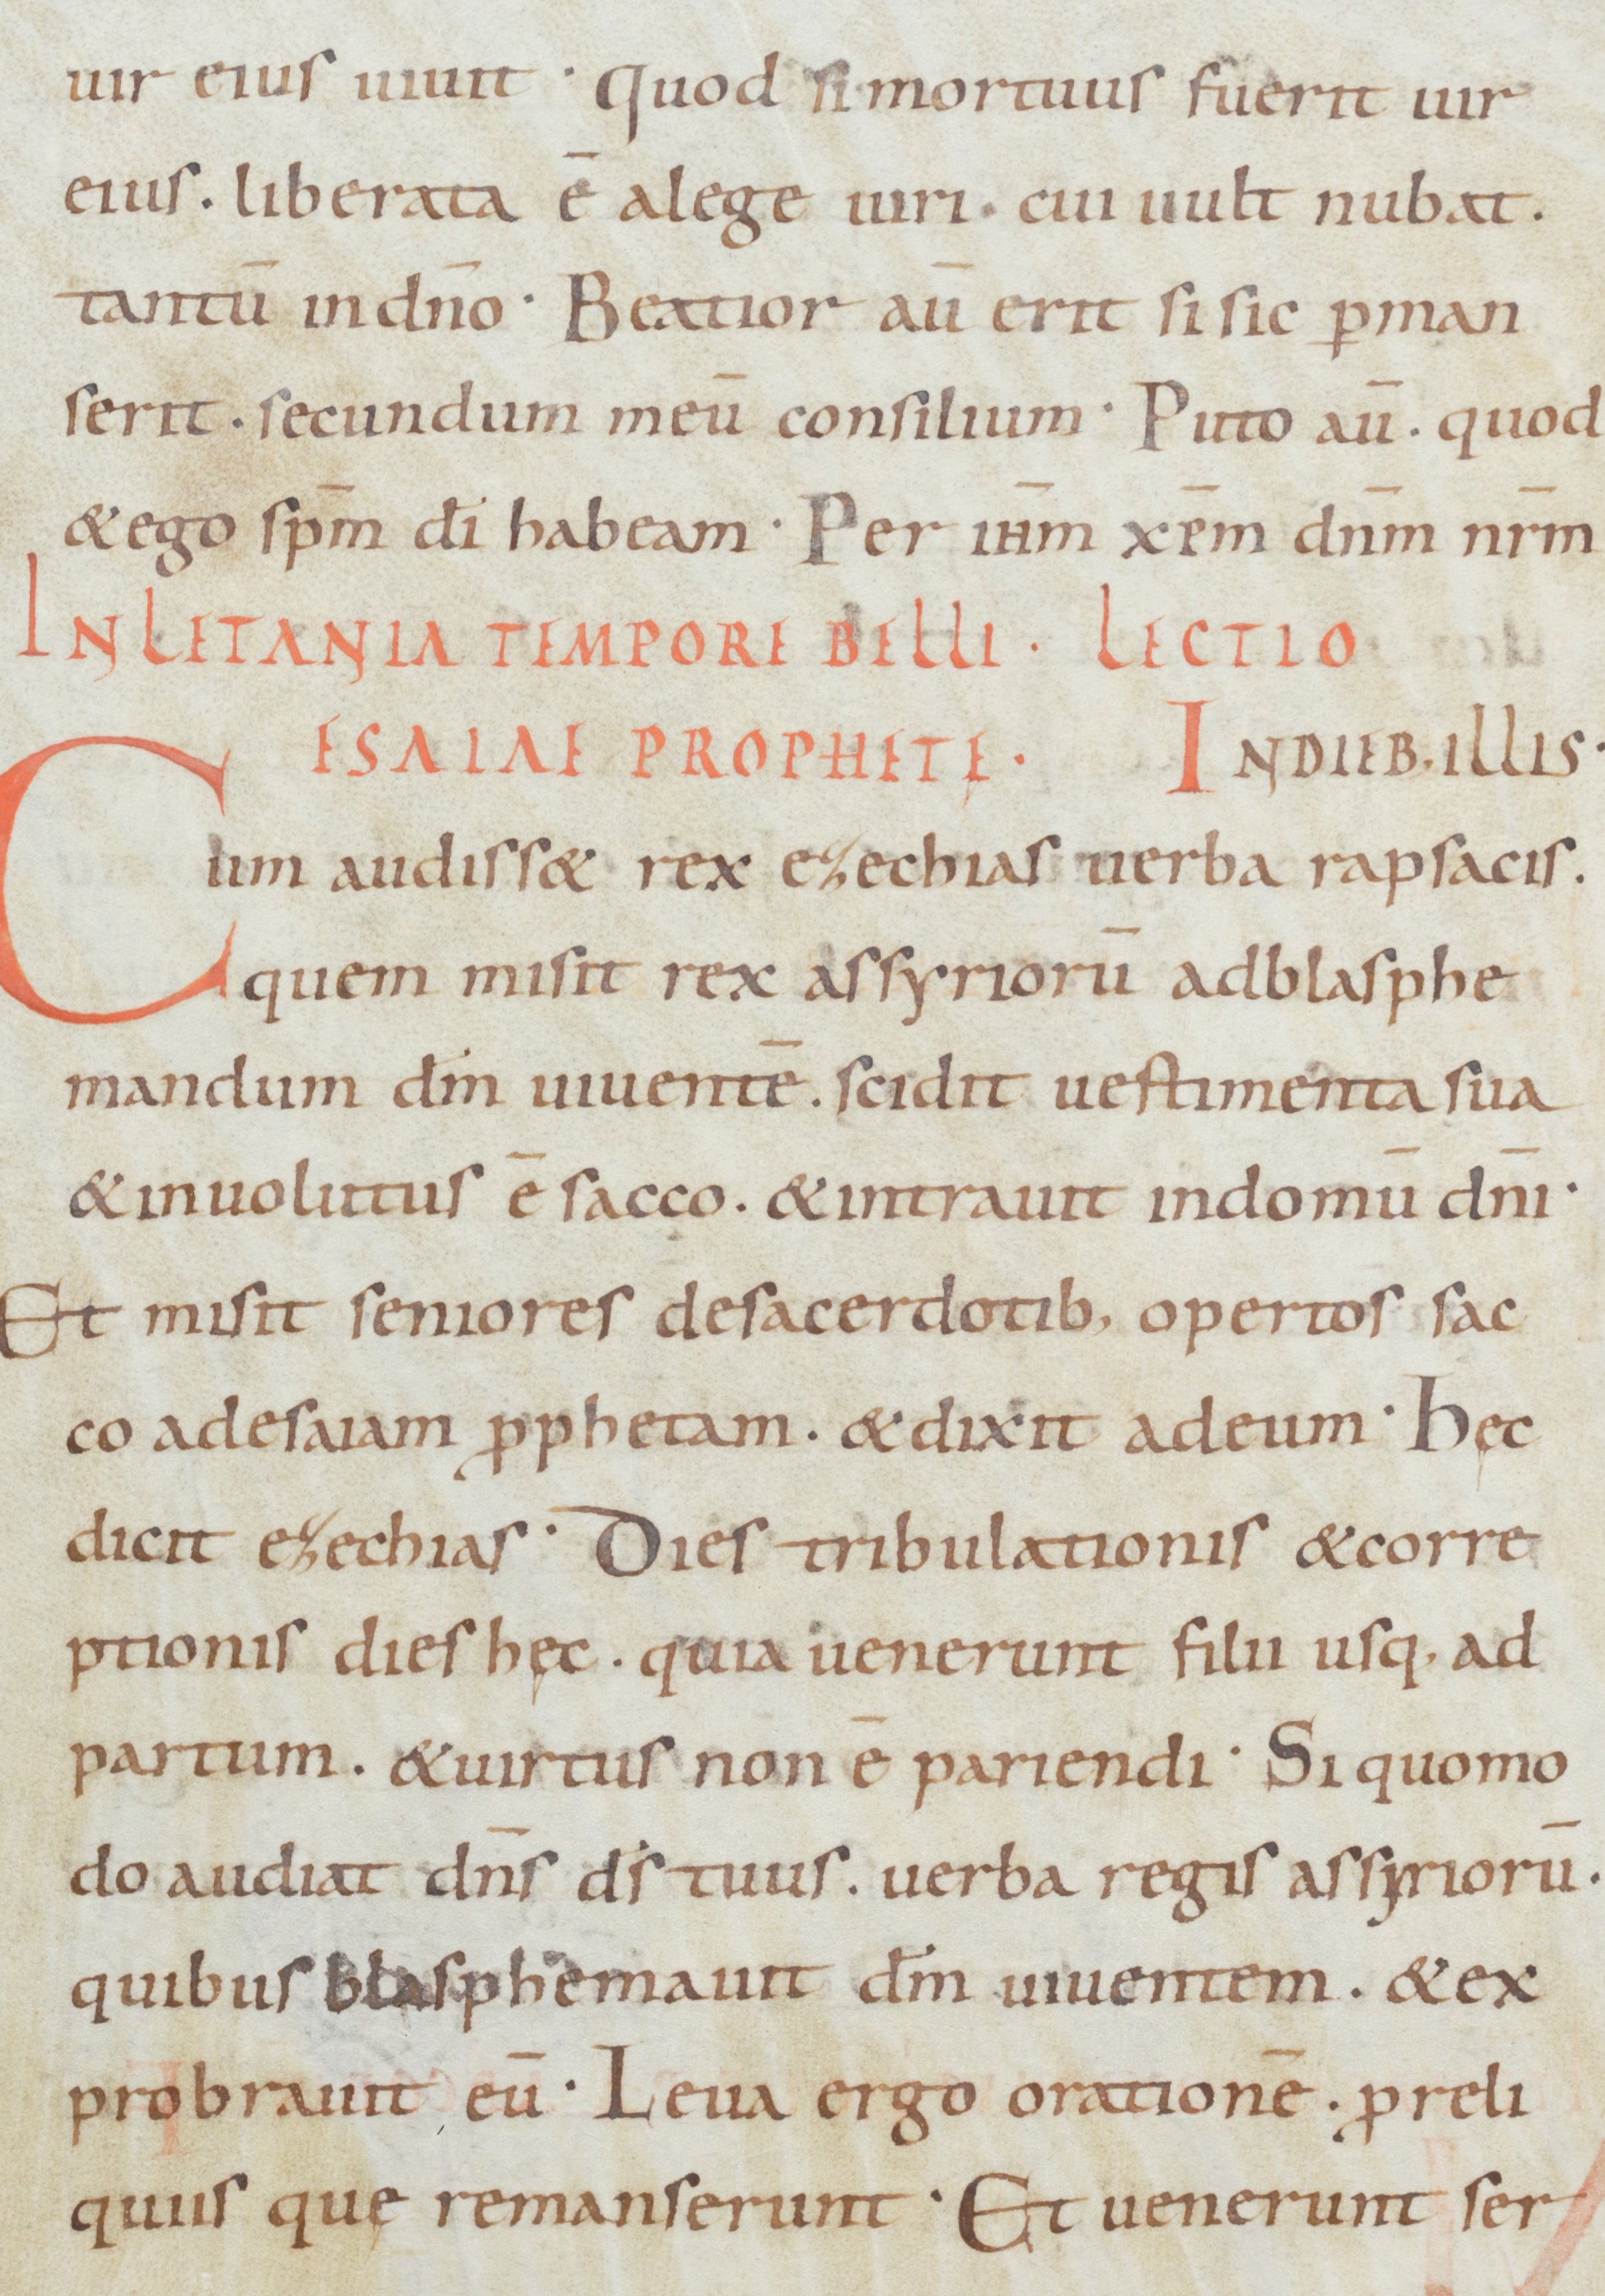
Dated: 900–949